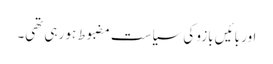
اور بائیں بازو کی سیاست مضبوط ہو رہی تھی۔